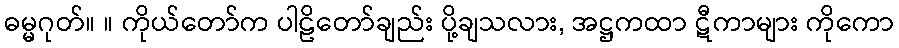
ဓမ္မဂုတ်။ ။ ကိုယ်တော်က ပါဠိတော်ချည်း ပို့ချသလား, အဋ္ဌကထာ ဋီကာများ ကိုကော